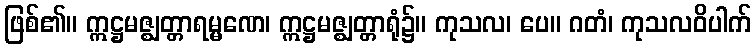
ဖြစ်၏။ ဣဋ္ဌမဇ္ဈတ္တာရမ္မဏေ၊ ဣဋ္ဌမဇ္ဈတ္တာရုံ၌။ ကုသလ၊ ပေ။ ဂတံ၊ ကုသလဝိပါက်